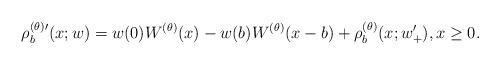
LaTeX: \begin{align*}\rho^{(\theta)\prime}_{b}(x;w)=w(0)W^{(\theta)}(x)-w(b)W^{(\theta)}(x-b)+\rho^{(\theta)}_{b}(x;w'_{+}), x\geq 0.\end{align*}